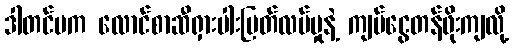
ဒါတင်မက လောင်စာဆီရှားပါးပြတ်လပ်မှုနဲ့ ကျပ်ငွေတန်ဖိုးကျလို့